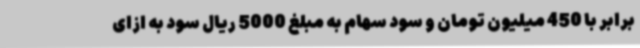
برابر با 450 میلیون تومان و سود سهام به مبلغ 5000 ریال سود به ازای